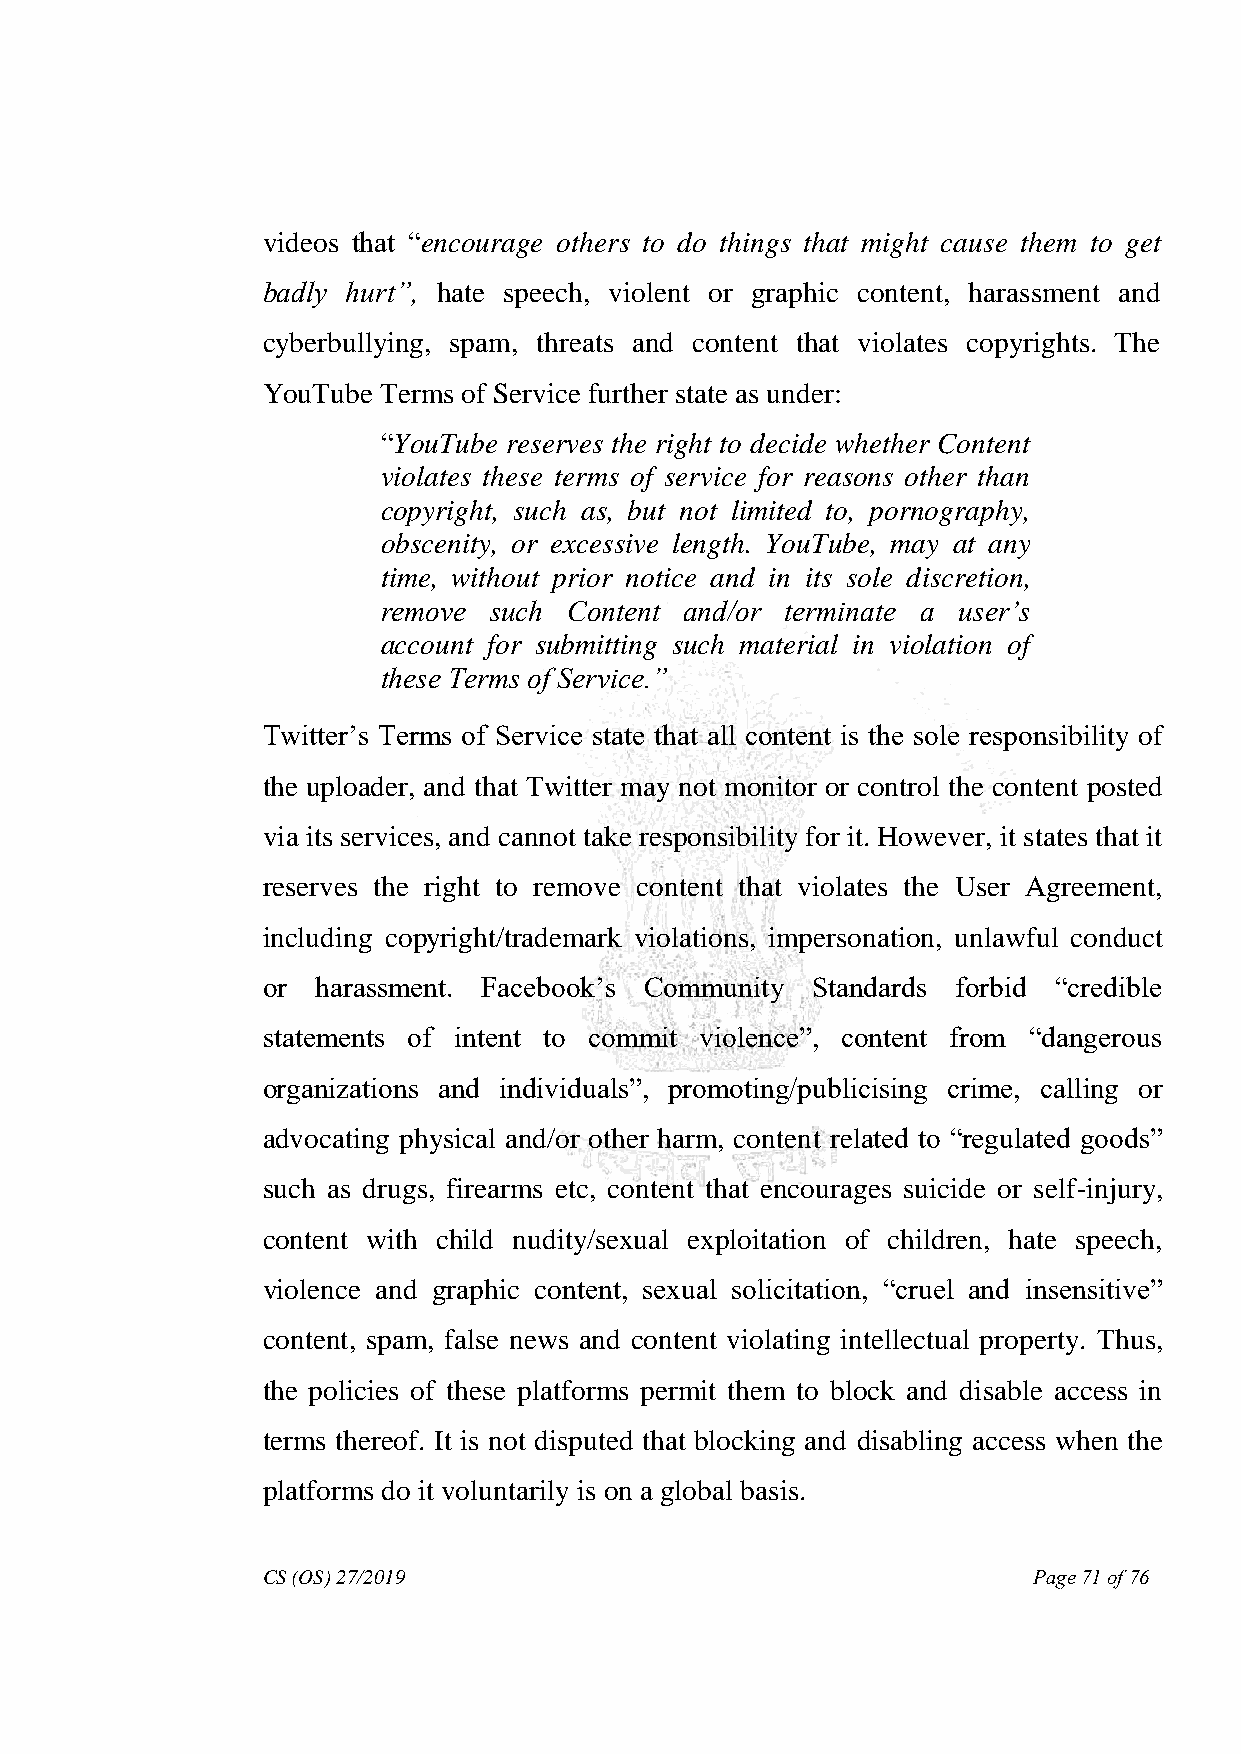
videos that “encourage others to do things that might cause them to get
 badly hurt‖, hate speech, violent or graphic content, harassment and
 cyberbullying, spam, threats and content that violates copyrights. The
 YouTube Terms of Service further state as under:
 “YouTube reserves the right to decide whether Content
 violates these terms of service for reasons other than
 copyright, such as, but not limited to, pornography,
 obscenity, or excessive length. YouTube, may at any
 time, without prior notice and in its sole discretion,
 remove such  Content and/or terminate a user‘s
 account for submitting such material in violation of
 these Terms of Service.‖
 Twitter‟s Terms of Service state that all content is the sole responsibility of
 the uploader, and that Twitter may not monitor or control the content posted
 via its services, and cannot take responsibility for it. However, it states that it
 reserves the right to remove content that violates the User Agreement,
 including copyright/trademark violations, impersonation, unlawful conduct
 or  harassment. Facebook‟s Community Standards forbid “credible
 statements of intent to commit violence”, content from “dangerous
 organizations and individuals”, promoting/publicising crime, calling or
 advocating physical and/or other harm, content related to “regulated goods”
 such as drugs, firearms etc, content that encourages suicide or self-injury,
 content with child nudity/sexual exploitation of children, hate speech,
 violence and graphic content, sexual solicitation, “cruel and insensitive”
 content, spam, false news and content violating intellectual property. Thus,
 the policies of these platforms permit them to block and disable access in
 terms thereof. It is not disputed that blocking and disabling access when the
 platforms do it voluntarily is on a global basis.
 CS (OS) 27/2019                                    Page 71 of 76